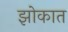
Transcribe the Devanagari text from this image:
झोकात